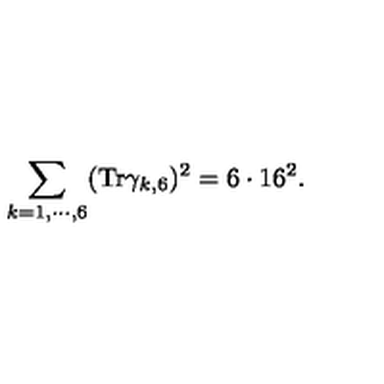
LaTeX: \sum _ { k = 1 , \cdots , 6 } ( \mathrm { T r } \gamma _ { k , 6 } ) ^ { 2 } = 6 \cdot 1 6 ^ { 2 } .